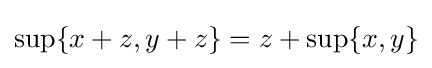
\sup\{x+z,y+z\}=z+\sup\{x,y\}